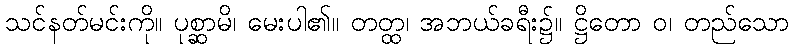
သင်နတ်မင်းကို။ ပုစ္ဆာမိ၊ မေးပါ၏။ တတ္ထ၊ အဘယ်ခရီး၌။ ဋ္ဌိတော ဝ၊ တည်သော